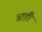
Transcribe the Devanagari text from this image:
व्रतही